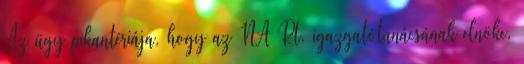
Az ügy pikantériája, hogy az NA Rt. igazgatótanácsának elnöke,